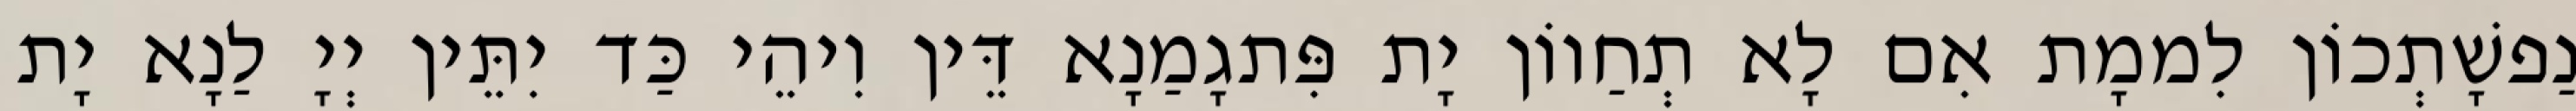
נַפשָׁתְכוֹן לִממָת אִם לָא תְחַווֹן יָת פִּתגָמַנָא דֵּין וִיהֵי כַּד יִתֵּין יְיָ לַנָא יָת